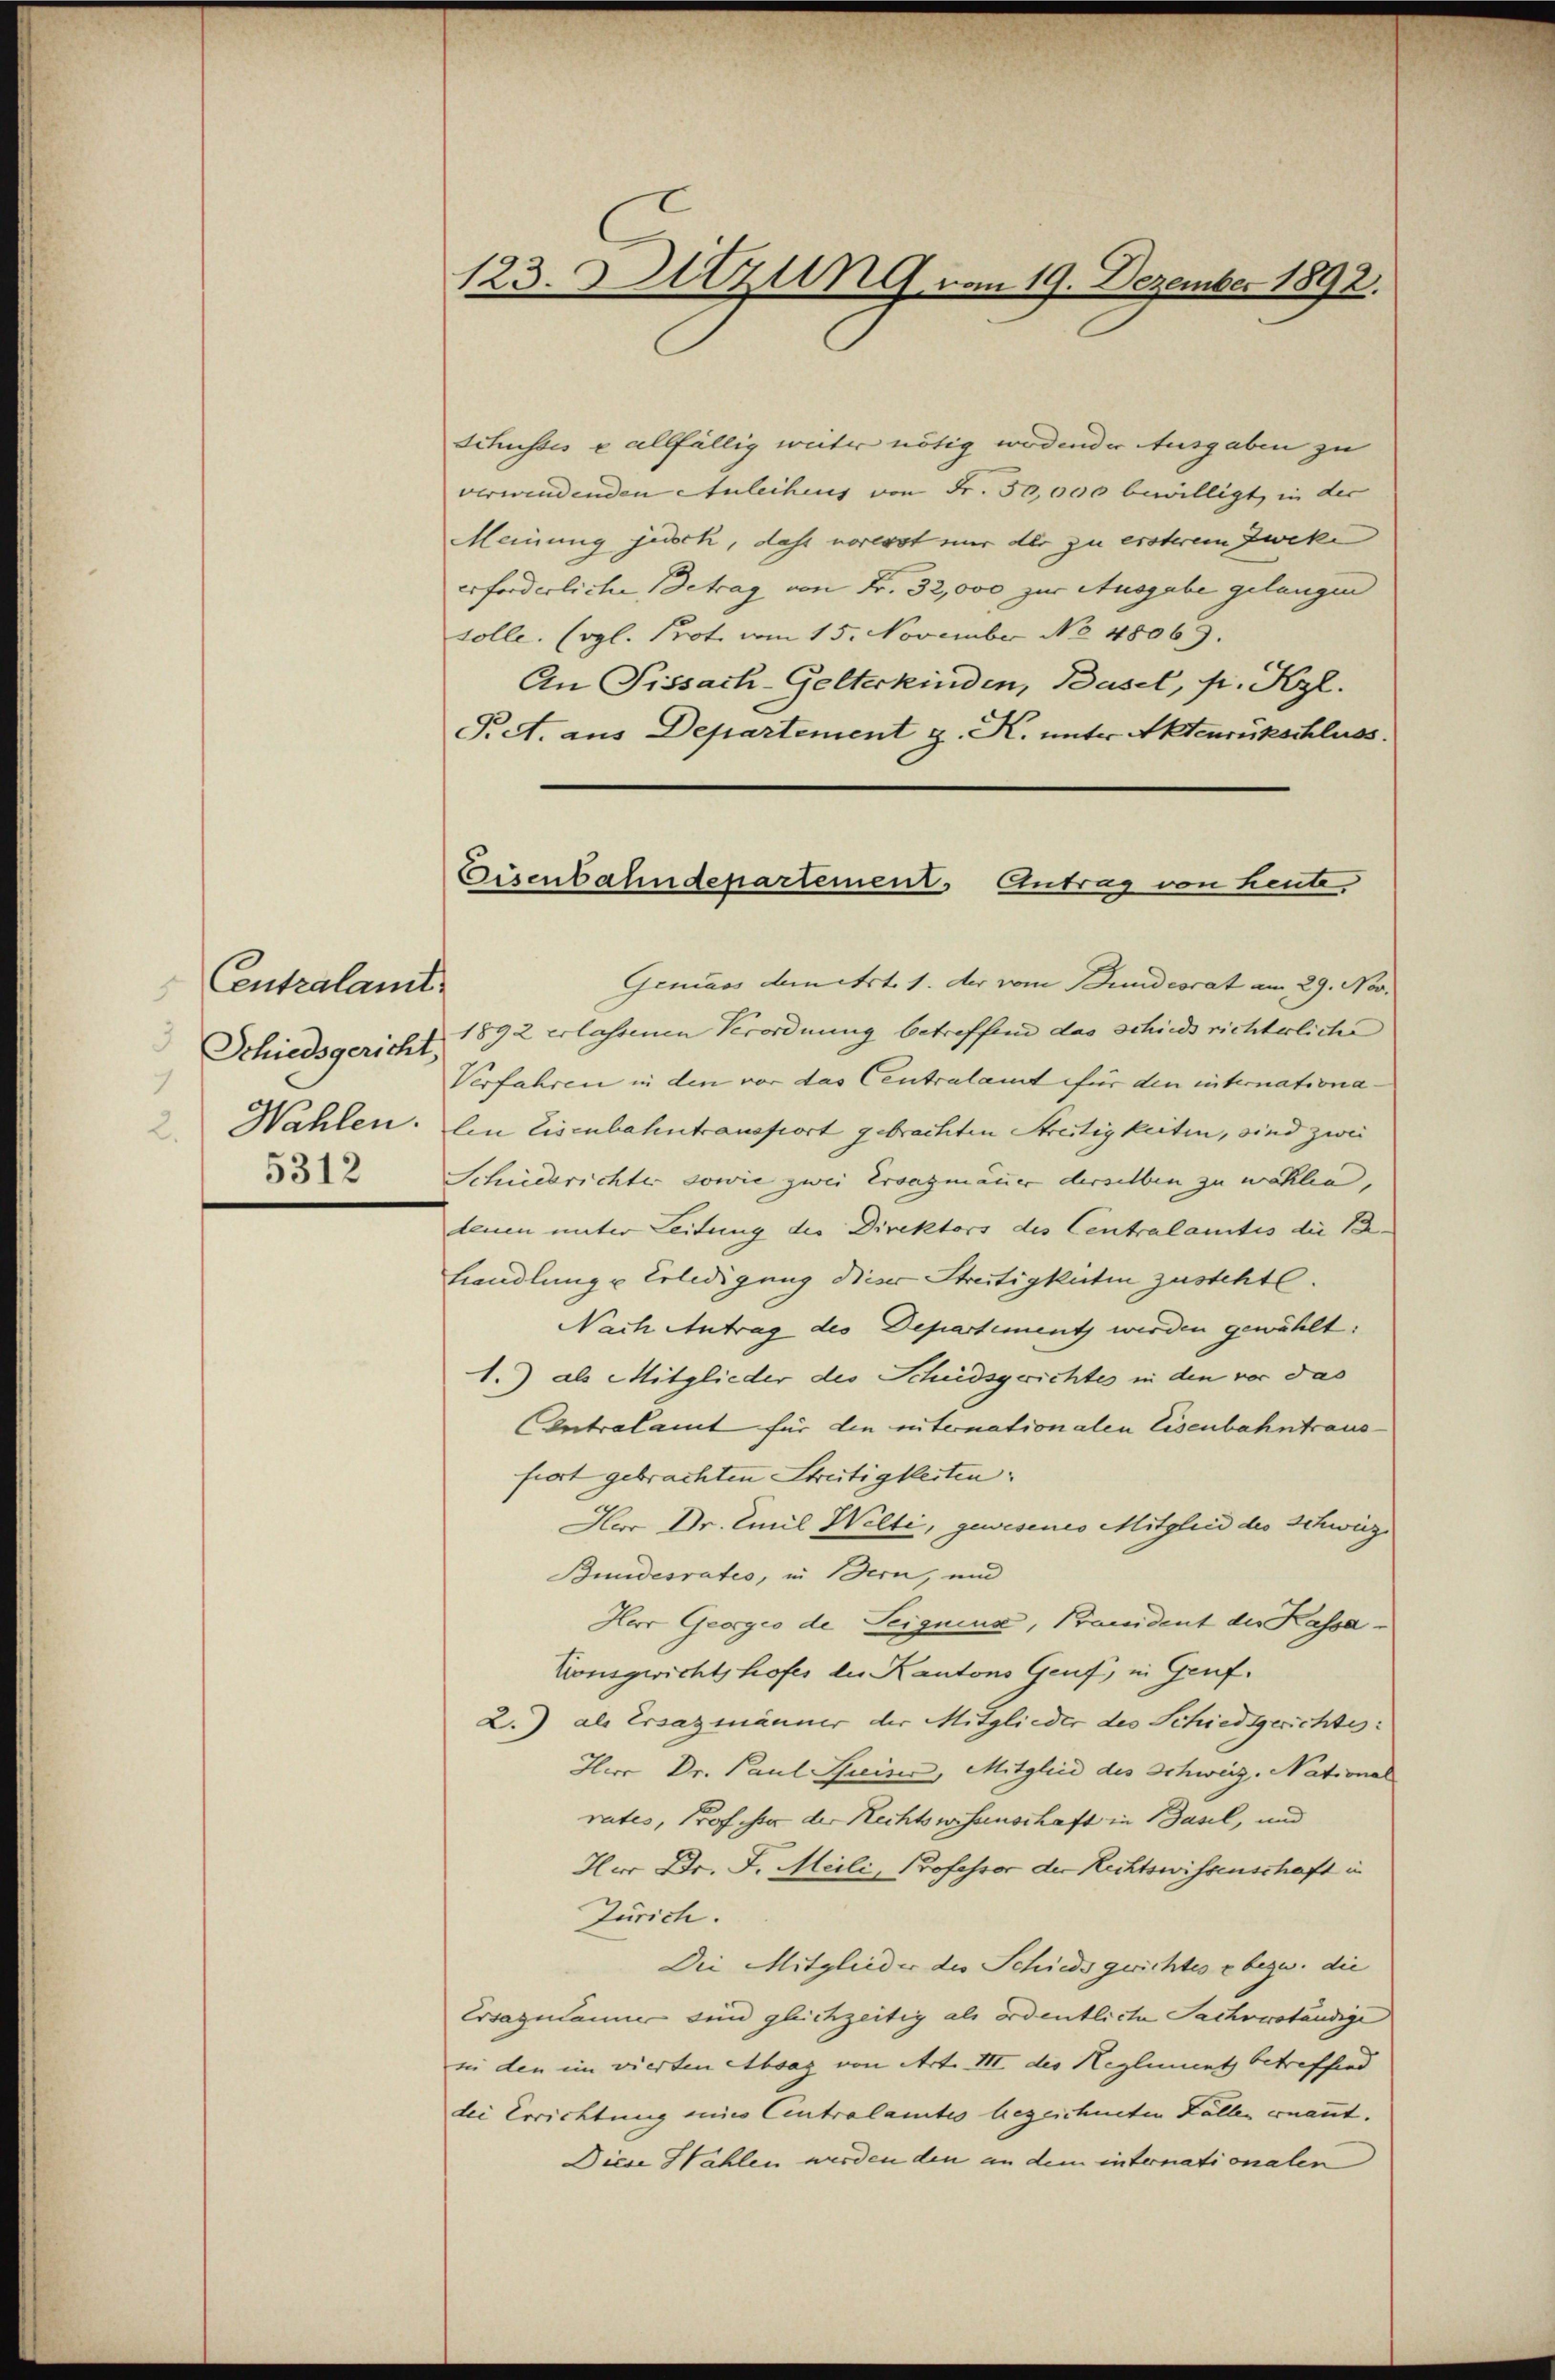
Centralamt
3
Schiedsgericht,
1
Wahlen.
2.
5312

123. Sitzung vom 19. Dezember 1892.

Eisenbahndepartement, Antrag von heute.

Schusses u allfällig weiter nötig wedender Ausgaben zu
verwendenden Atuleihens von Fr. 50,000 bewilligt, in der
Meinung jedoch, dass vorerst nur der zu ersterem Zweke
erforderliche Betrag von Fr. 32,000 zur Ausgabe gelangen
solle. (vgl. Prot. vom 15. November No 48069.
An Pissach-Gelterkinden, Basel, pr. Kgl.
Pct. aus Departement z. K. unter Aktenrückschluss
Gemäss Amert. 1. der vom Bundesrat am 29. Nov.
1892 erlassenen Verordnung betreffend das schieds richterliche
Verfahren in den vor das Centralamt für den internationalen Eisenbahntransfort gebrachten Streitigkeiten, sind zwei
Schiedsrichter sowie zwei Ersazmauer derselben zu wählen,
denen unter Leitung der Direktors des Centralamtes die Be-
Handlung u Erledigung dieser Streitigkeiten zusteht.
Nach Antrag des Departement werden gewählt:
1.) als Mitglieder des Schiedsgerichtes in den vor das
Contralamt für die internationalen Eisenbahntraus
fiert gebrachten Streitigkeiten.
Herr Dr. Emil Welti, gewesenes Mitgleid des Schweiz
Bundesrates, in Bern, und
Hor Georgio de Teignung, Panident der Kassa¬
Konsgwichtshofes der Kantons Genf, in Genf.
2.) als Ersazmänner der Mitglieder des Schiedsgerichtes:
Herr Dr. Paul Preiser, Mitglied des Schweiz. National
rates, Professor der Rechtswissenschaft in Basel, und
Hur Dr. J. Meili, Professor der Richtswissenschaft u.
Zürich.
Die Mitglieder der Schieds gerichtes e bezw. die
Essagulanner sind gleichzeitig als ordentliche Sachverständige
sii den im vierten Absag von Art. III des Reglement betreffend
dei Errichtung eines Centralamtes bezeichneten Faller ernannt.
Diese Hählen werden den an dem internationalen